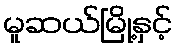
မူဆယ်မြို့နှင့်